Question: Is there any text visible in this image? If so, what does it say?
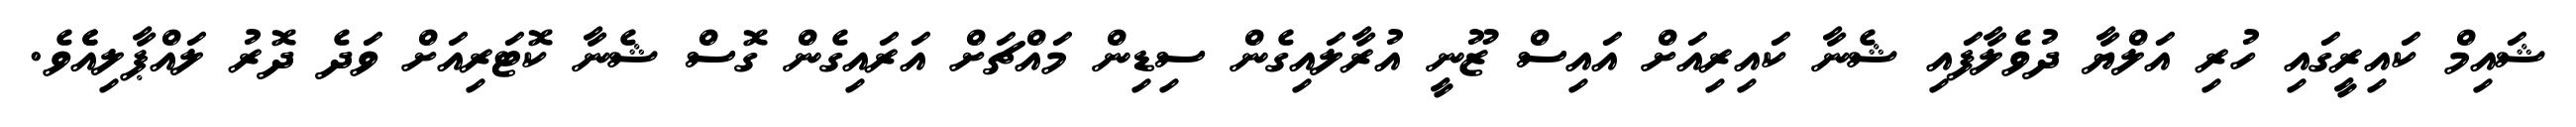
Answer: ޝައިމް ކައިރީގައި ހުރި އަލްޔާ ދުވެލާފައި ޝެނާ ކައިރިއަށް އައިސް ޒޫނީ އުރާލައިގެން ސިޑިން މައްޗަށް އަރައިގެން ގޮސް ޝެނާ ކޮޓަރިއަށް ވަދެ ދޮރު ލައްޕާލިއެެވެ.